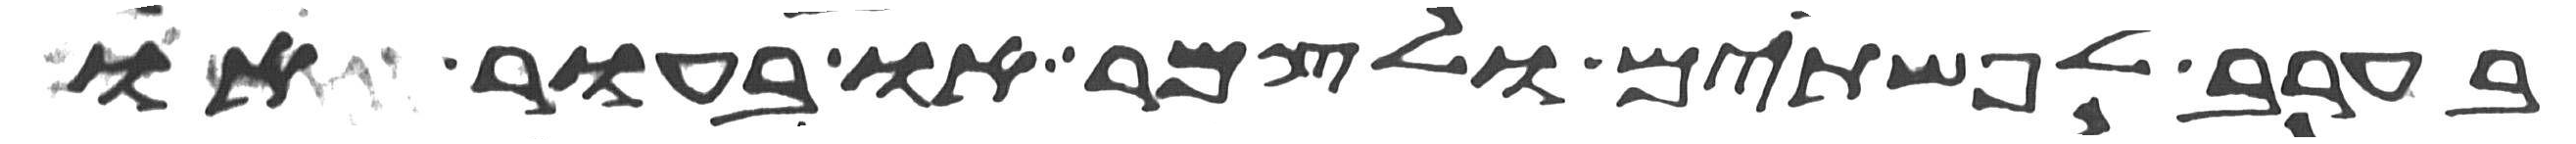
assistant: בערב לפשתים ולצמר או בעור או